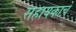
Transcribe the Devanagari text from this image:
सहायकाचे